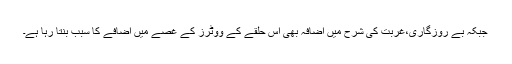
جبکہ بے روزگاری،غربت کی شرح میں اضافہ بھی اس حلقے کے ووٹرز کے غصّے میں اضافے کا سبب بنتا رہا ہے۔